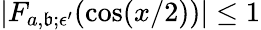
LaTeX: |F_{a,\mathfrak{b};\epsilon^{\prime}}(\cos(x/2))|\le1